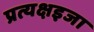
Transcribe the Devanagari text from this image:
प्रत्यक्षइजा